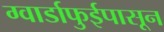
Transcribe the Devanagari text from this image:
ग्वार्डाफुईपासून